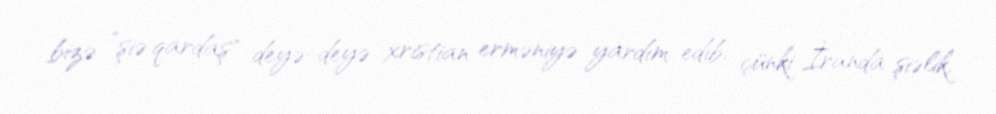
bizə ”şiə qardaş" deyə-deyə xristian erməniyə yardım edib, çünki İranda şiəlik,